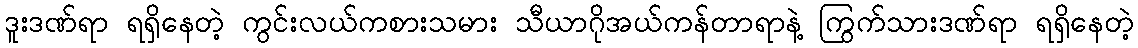
ဒူးဒဏ်ရာ ရရှိနေတဲ့ ကွင်းလယ်ကစားသမား သီယာဂိုအယ်ကန်တာရာနဲ့ ကြွက်သားဒဏ်ရာ ရရှိနေတဲ့